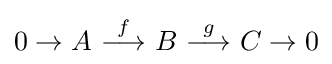
0\to A\ {\stackrel {f}{\longrightarrow }}\ B\ {\stackrel {g}{\longrightarrow }}\ C\to 0